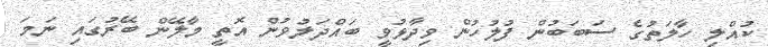
ކުއްލި ހާލަތުގެ ސަބަބުން ފުލުހުން ވިދާޅުވީ ބައްދަލުވުން އޮތީ މާލޭން ބޭރުގައި ނަމަ